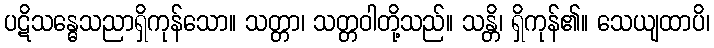
ပဋိသန္ဓေသညာရှိကုန်သော။ သတ္တာ၊ သတ္တဝါတို့သည်။ သန္တိ၊ ရှိကုန်၏။ သေယျထာပိ၊